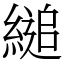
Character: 縋